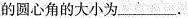
的圆心角的大小为___.